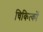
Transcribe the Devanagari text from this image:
चिकित्कों